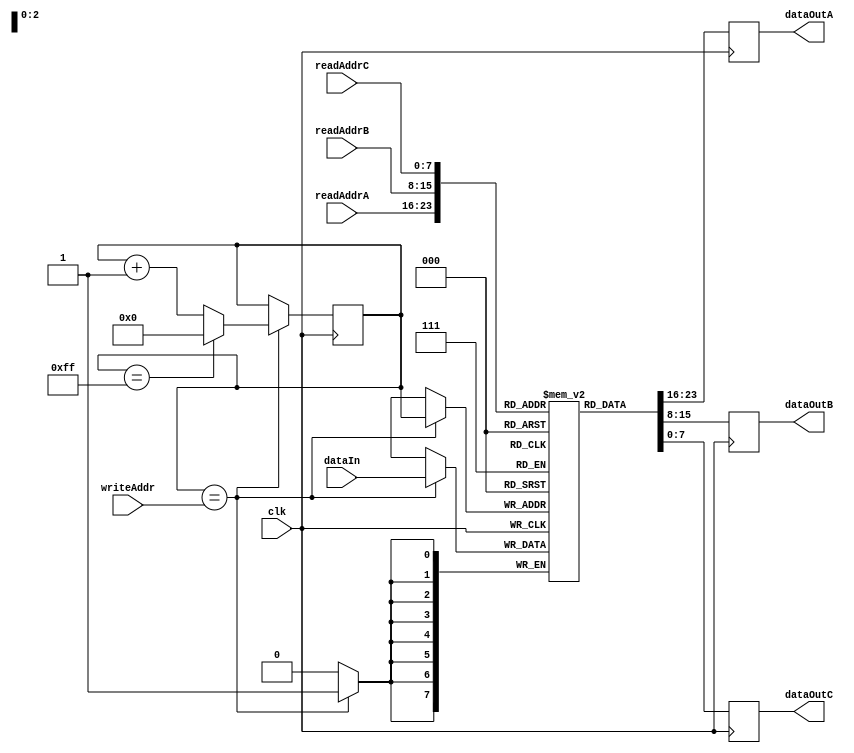
module MemoryBlocks(
  input wire clk,
  input wire [7:0] readAddrA, readAddrB, readAddrC,
  output reg [7:0] dataOutA, dataOutB, dataOutC,
  input wire [7:0] writeAddr,
  input wire [7:0] dataIn
);

reg [7:0] mem [0:255]; // 256 memory blocks for storing register values
reg [7:0] writePortAddr = 0;
reg [1:0] readPortAddr = 0;

always @(posedge clk) begin
  if (writePortAddr == writeAddr) begin
    mem[writePortAddr] <= dataIn;
    if (writePortAddr == 255)
      writePortAddr <= 0;
    else
      writePortAddr <= writePortAddr + 1;
  end
  
  dataOutA <= mem[readAddrA];
  dataOutB <= mem[readAddrB];
  dataOutC <= mem[readAddrC];
end

endmodule